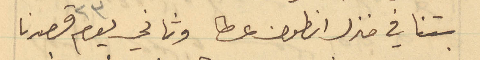
بتنا في منزل انطون عطا وثاني يوم ٢٣ قصدنا